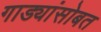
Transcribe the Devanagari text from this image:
गाड्यांसोबत